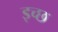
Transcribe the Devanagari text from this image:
इच्छ